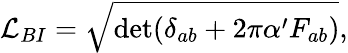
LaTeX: {\cal L}_{BI}=\sqrt{\operatorname*{det}(\delta_{ab}+2\pi\alpha^{\prime}F_{ab})},